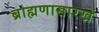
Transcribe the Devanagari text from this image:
ब्राह्मणासारखें